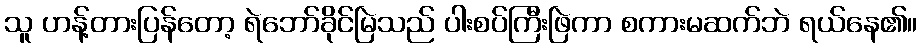
သူ ဟန့်တားပြန်တော့ ရဲဘော်ခိုင်မြဲသည် ပါးစပ်ကြီးဖြဲကာ စကားမဆက်ဘဲ ရယ်နေ၏။